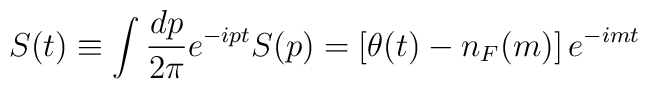
S(t)\equiv \int{dp\over 2\pi}e^{-ipt} S(p)=\left[\theta(t)-n_F(m)\right]e^{-imt}